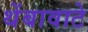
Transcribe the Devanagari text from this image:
थेंबावाटे